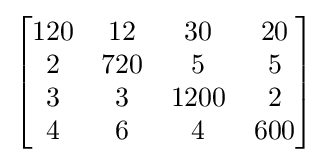
{\begin{bmatrix}{\begin{matrix}120&12&30&20\\2&720&5&5\\3&3&1200&2\\4&6&4&600\end{matrix}}\end{bmatrix}}